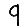
Digit: 9